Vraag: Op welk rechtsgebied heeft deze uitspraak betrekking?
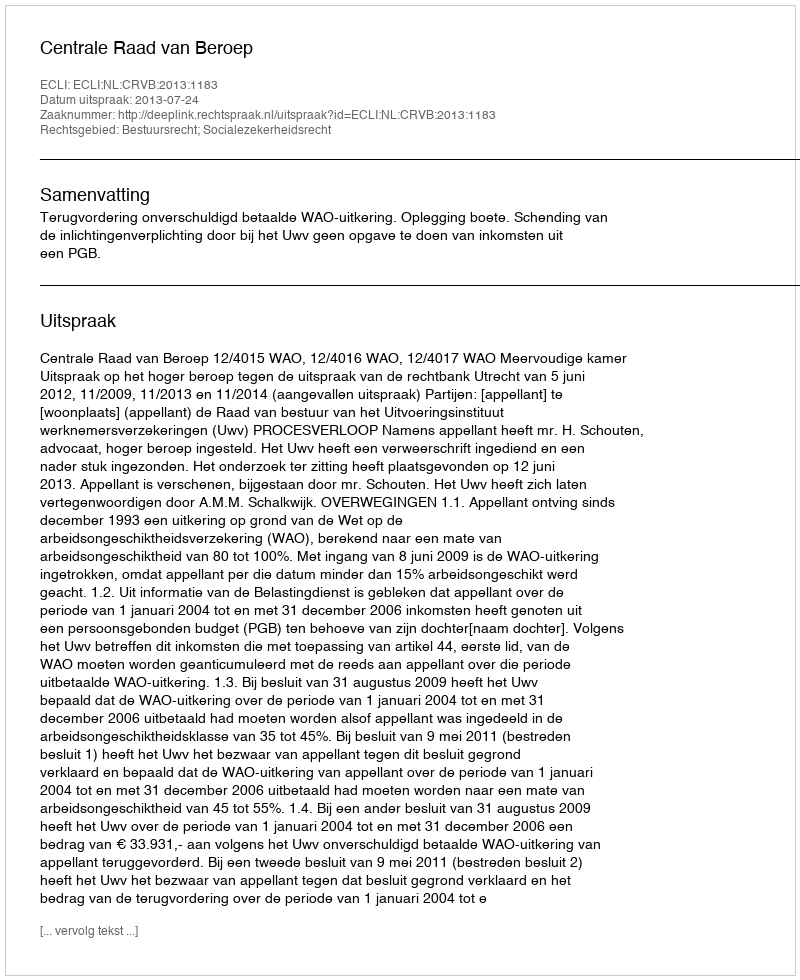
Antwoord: Bestuursrecht; Socialezekerheidsrecht